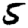
Digit: 5